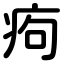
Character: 痀